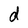
Character: d